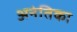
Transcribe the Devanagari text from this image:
अनंतिका